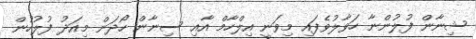
ޝިނާން ފުލުންނާ ހަވާލުވެފައި މިވަނީ އިލްހާމް އާއި ސިނާން ހޯދަން މިއަދު ފުލުހުން